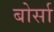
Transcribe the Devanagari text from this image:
बोर्सा